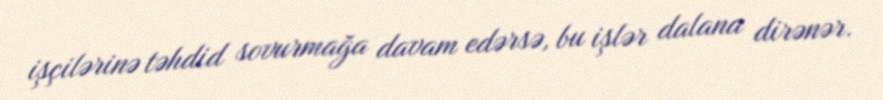
işçilərinə təhdid sovurmağa davam edərsə, bu işlər dalana dirənər.